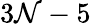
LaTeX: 3\mathcal{N}-5